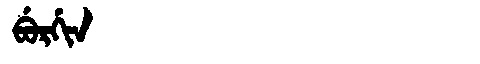
Manchu: ᠪᡠᡵᡤᡳᠨ
Romanization: BURGIN